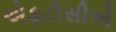
એફટીસીએ